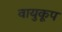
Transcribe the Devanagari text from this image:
वायुकूप